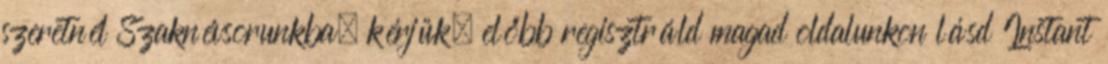
szeretnél Szaknévsorunkba, kérjük, előbb regisztráld magad oldalunkon lásd Instant